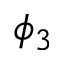
\phi _ { 3 }